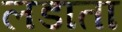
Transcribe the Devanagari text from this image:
लडाता